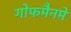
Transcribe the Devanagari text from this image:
गोफमैनमें